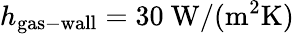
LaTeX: h_{\mathrm{gas-wall}}=30\ \mathrm{W/(m^{2}K)}